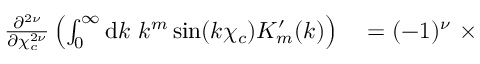
\begin{array} { r l } { \frac { \partial ^ { 2 { \nu } } } { \partial \chi _ { c } ^ { 2 { \nu } } } \left( \int _ { 0 } ^ { \infty } \mathrm { d } k \ k ^ { m } \sin ( k \chi _ { c } ) K _ { m } ^ { \prime } ( k ) \right) } & { { } = ( - 1 ) ^ { { \nu } } \ \times } \end{array}